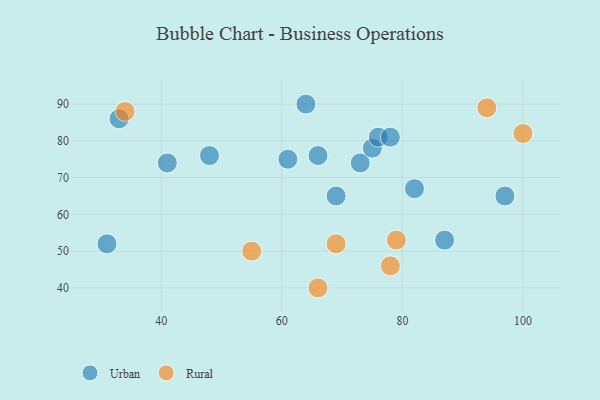
{"axis": {"x": "GDP", "y": "Life Expectancy"}, "legend": ["Rural", "Urban"], "data": [{"x": "69", "y": 65, "type": "Urban"}, {"x": "87", "y": 53, "type": "Urban"}, {"x": "73", "y": 74, "type": "Urban"}, {"x": "75", "y": 78, "type": "Urban"}, {"x": "48", "y": 76, "type": "Urban"}, {"x": "66", "y": 76, "type": "Urban"}, {"x": "76", "y": 81, "type": "Urban"}, {"x": "41", "y": 74, "type": "Urban"}, {"x": "61", "y": 75, "type": "Urban"}, {"x": "82", "y": 67, "type": "Urban"}, {"x": "97", "y": 65, "type": "Urban"}, {"x": "31", "y": 52, "type": "Urban"}, {"x": "78", "y": 81, "type": "Urban"}, {"x": "33", "y": 86, "type": "Urban"}, {"x": "64", "y": 90, "type": "Urban"}, {"x": "94", "y": 89, "type": "Rural"}, {"x": "79", "y": 53, "type": "Rural"}, {"x": "78", "y": 46, "type": "Rural"}, {"x": "100", "y": 82, "type": "Rural"}, {"x": "69", "y": 52, "type": "Rural"}, {"x": "66", "y": 40, "type": "Rural"}, {"x": "55", "y": 50, "type": "Rural"}, {"x": "34", "y": 88, "type": "Rural"}]}